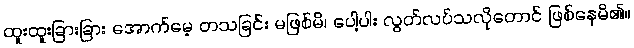
ထူးထူးခြားခြား အောက်မေ့ တသခြင်း မဖြစ်မိ၊ ပေါ့ပါး လွတ်လပ်သလိုတောင် ဖြစ်နေမိ၏။